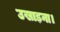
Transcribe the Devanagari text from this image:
उखाड़ना।